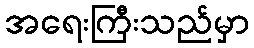
အရေးကြီးသည်မှာ